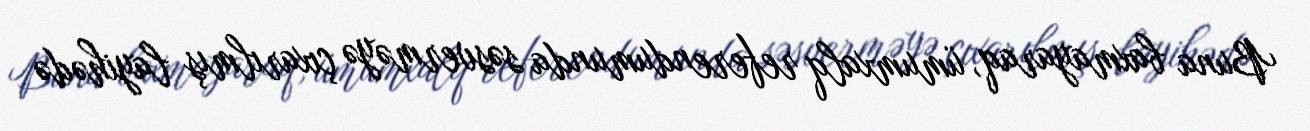
Buna baxmayaraq, ümumxalq referendumunda səsverməyə çıxarılmış layihədə